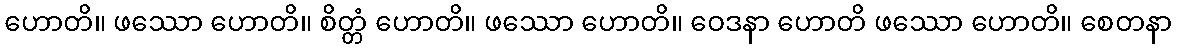
ဟောတိ။ ဖဿော ဟောတိ။ စိတ္တံ ဟောတိ။ ဖဿော ဟောတိ။ ဝေဒနာ ဟောတိ ဖဿော ဟောတိ။ စေတနာ